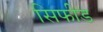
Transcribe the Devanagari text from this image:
सिफीड